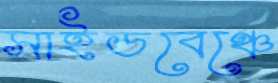
সাইডবেঞ্চে